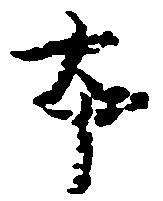
本